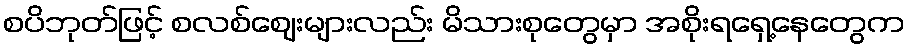
စပိဘုတ်ဖြင့် စလစ်ဈေးများလည်း မိသားစုတွေမှာ အစိုးရရှေ့နေတွေက